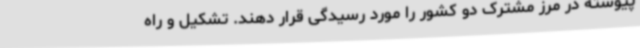
پیوسته در مرز مشترک دو کشور را مورد رسیدگی قرار دهند. تشکیل و راه